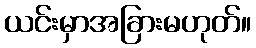
ယင်းမှာအခြားမဟုတ်။